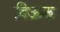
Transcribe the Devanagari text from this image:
दिऊक